Civil Veterinary Department. Madras. Admin. report 1910-25 - 1910-1925
Year: 1910
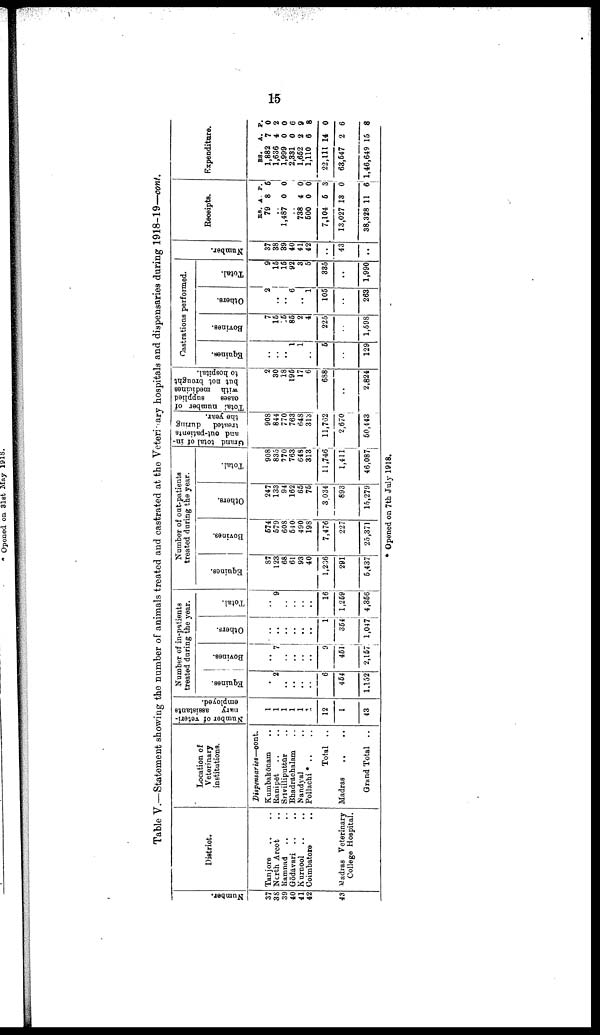
15
Table V.—Statement showing the number of animals treated and castrated at the Veterinary hospitals and dispensaries during 1918-19—cont.
Numbe r
.
37
38
39
40
41
42
43
District.
Tanjore .. ..
North Arcot ..
Ramnad .. ..
Gōdāvari
Kurnool .. ..
Coimbatore
Madras Veterinary
College Hospital.
Location of
Veterinary
institutions.
Dispensaries—cont.
Kumbakōnam ..
Ranipēt .. ..
Srivilliputtur ..
Bhadrachalam ..
Nandyal ..
Pollachi * .. ..
Total ..
Madras
.. ..
Grand Total ..
Number of veteri
nary
assistants
employed.
1
12
1
43
Number of in-patients
treated daring the year.
Equines.
..
2
..
..
..
..
6
464
1,152
Bovines.
..
7
..
..
..
..
..
451
2,157
Others.
..
..
..
..
..
..
..
364
1,047
Total.
..
9
..
..
..
..
16
1,259
4,366
Number of oat-patients
treated during the year.
Equines.
87
123
68
61
93
40
1,206
291
6,437
Bovines.
674
579
608
540
490
198
7,476
227
25,371
Others.
247
133
94
162
65
76
3,034
893
15,279
Total.
908
835
770
763
64S
313
11,746
1,411
46,087
Grand total of in-
and out-patients
treated
during
the year.
908
844
770
763
648
313
11,762
2,670
60,443
Total
number of
oases
supplied
with medicines
but not brought
to hospital.
2
30
18
195
17
6
688
..
2,824
Castrations performed.
Equines.
..
..
..
1
1
..
6
..
129
Bovines.
7
16
15
86
2
4
225
..
1,698
Others.
2
..
..
6
..
1
105
..
263
Total.
9
16
15
92
3
5
385
..
1,990
Numbe r
.
37
38
39
40
41
42
..
43
..
Receipts.
RS. A. P.
79 8 6
..
1,487 0 0
..
738 4 0
500 0 0
7,104 6 3
13,027 18 0
38,328 11 6
Expenditure.
RS.
A. P.
1,882 7 0
1,636 4 2
1,999 0 0
2,381 0 6
1,662 2 9
1,110 6 8
22,111 14 0
63,647 2 6
1,46,649 15 8
Opened on 7th July 1918.